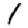
Digit: 1